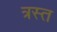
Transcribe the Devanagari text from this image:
त्रस्‍त